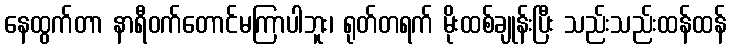
နေထွက်တာ နာရီဝက်တောင်မကြာပါဘူး၊ ရုတ်တရက် မိုးထစ်ချုန်းပြီး သည်းသည်းထန်ထန်